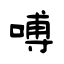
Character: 㗘